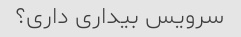
سرویس بیداری داری؟